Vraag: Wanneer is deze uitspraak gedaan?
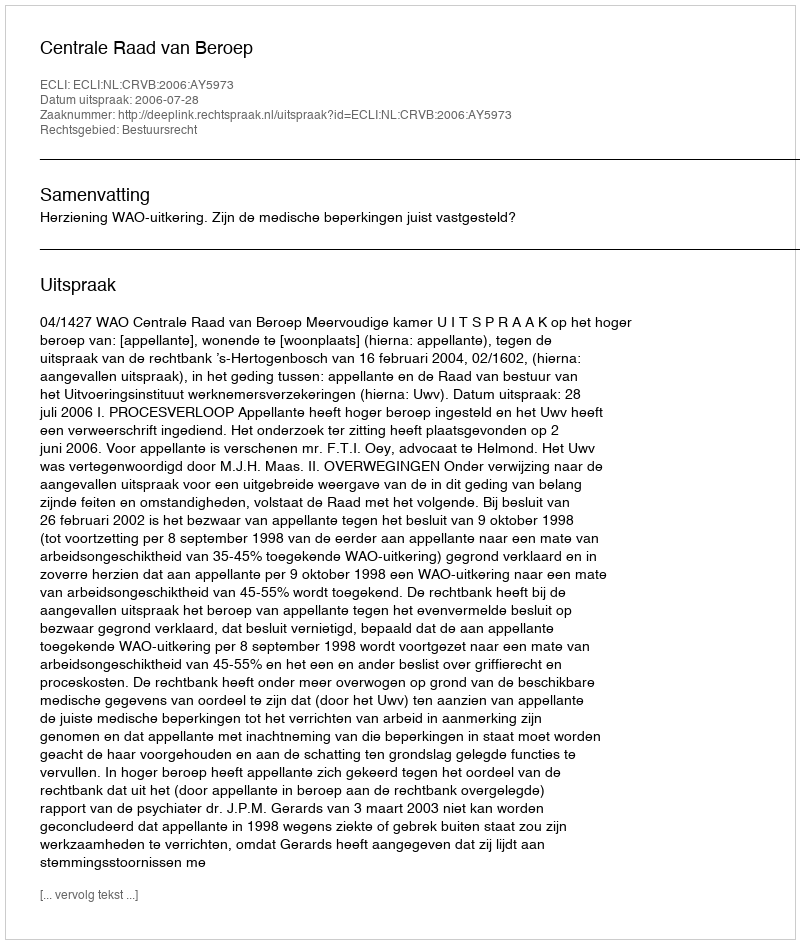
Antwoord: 2006-07-28